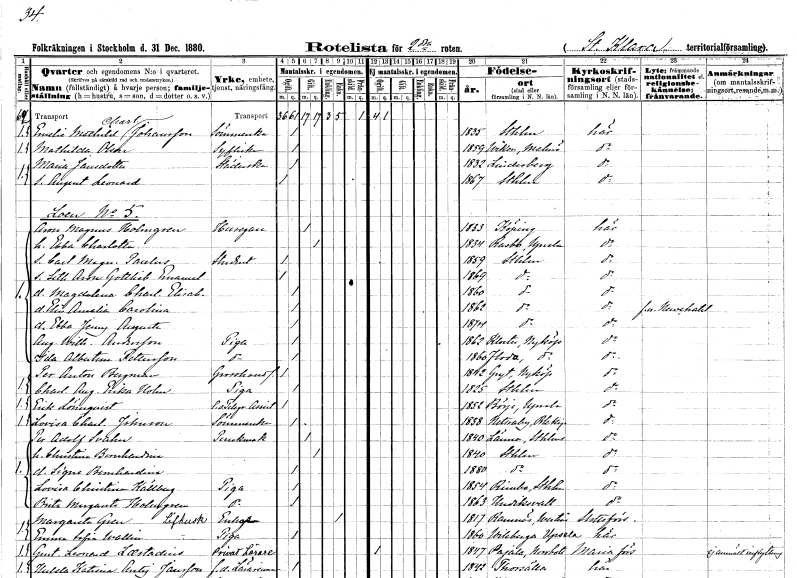
gt_parse: households: individuals: FN: Emelie Mathilda Charlotta
EN: Johansson
YRKE: Sömmerska
KON: K
CIV: O
FODAR: 1835
FODFORS: Stockholm
FN: Mathilda
EN: Olson
YRKE: Syflicka
KON: K
CIV: O
FODAR: 1859
FODFORS: Viken Malmöhus län
FN: Maria
EN: Jansdotter
YRKE: Städerska
KON: K
CIV: O
FODAR: 1832
FODFORS: Lindesberg Örebro län
FN: August Leonard
KON: M
CIV: O
FODAR: 1867
FODFORS: Stockholm
FN: Aron Magnus
EN: Holmgren
YRKE: Husägare
KON: M
CIV: G
FODAR: 1833
FODFORS: Köping Västmanlands län
FN: Ebba Charlotta
KON: K
CIV: G
FODAR: 1834
FODFORS: Rasbo Uppsala län
FN: Carl Magnus Paulus
YRKE: Student
KON: M
CIV: O
FODAR: 1859
FODFORS: Stockholm
FN: Seth Aron Gottlieb Emanuel
KON: M
CIV: O
FODAR: 1869
FODFORS: Stockholm
FN: Magdalena Charlotta Elisabeth
KON: K
CIV: O
FODAR: 1860
FODFORS: Stockholm
FN: Elin Amalia Carolina
KON: K
CIV: O
FODAR: 1862
FODFORS: Stockholm
FN: Ebba Jenny Augusta
KON: K
CIV: O
FODAR: 1874
FODFORS: Stockholm
FN: Augusta Wilhelmina
EN: Andersson
YRKE: Piga
KON: K
CIV: O
FODAR: 1862
FODFORS: Eskilstuna Kloster Södermanlands län
FN: Ida Albertina
EN: Pettersson
YRKE: Piga
KON: K
CIV: O
FODAR: 1860
FODFORS: Floda Södermanlands län
FN: Per Anton
EN: Bergman
YRKE: Grosshandlare
KON: M
CIV: O
FODAR: 1842
FODFORS: Gryt Södermanlands län
FN: Charlotta Augusta Erika
EN: Holm
YRKE: Piga
KON: K
CIV: O
FODAR: 1825
FODFORS: Stockholm
FN: Erik
EN: Lönnqvist
YRKE: Telegrafassistent e.o.
KON: M
CIV: O
FODAR: 1852
FODFORS: Börje Uppsala län
FN: Lovisa Charlotta
EN: Johnson
YRKE: Sömmerska
KON: K
CIV: O
FODAR: 1838
FODFORS: Nättraby Blekinge län
FN: Per Adolf
EN: Svahn
YRKE: Perukmakare
KON: M
CIV: G
FODAR: 1840
FODFORS: Länna Stockholms län
FN: Christina Bernhardina
KON: K
CIV: G
FODAR: 1840
FODFORS: Stockholm
FN: Signe Bernhardina
KON: K
CIV: O
FODAR: 1880
FODFORS: Stockholm
FN: Lovisa Christina
EN: Källberg
YRKE: Piga
KON: K
CIV: O
FODAR: 1854
FODFORS: Rimbo Stockholms län
FN: Brita Margareta
EN: Holmgren
YRKE: Piga
KON: K
CIV: O
FODAR: 1863
FODFORS: Hudiksvall Gävleborgs län